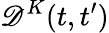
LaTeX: \mathscr{D}^{K}(t,t^{\prime})